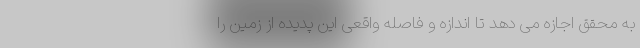
به محقق اجازه می دهد تا اندازه و فاصله واقعی این پدیده از زمین را